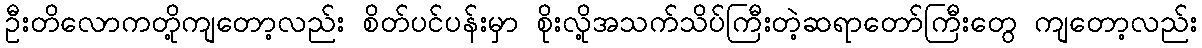
ဦးတိလောကတို့ကျတော့လည်း စိတ်ပင်ပန်းမှာ စိုးလို့အသက်သိပ်ကြီးတဲ့ဆရာတော်ကြီးတွေ ကျတော့လည်း